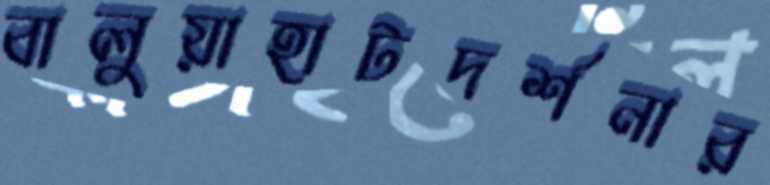
বালুয়াহাটদর্শনার